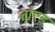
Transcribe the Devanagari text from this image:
नोएड